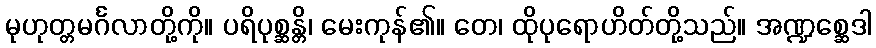
မုဟုတ္တမင်္ဂလာတို့ကို။ ပရိပုစ္ဆန္တိ၊ မေးကုန်၏။ တေ၊ ထိုပုရောဟိတ်တို့သည်။ အဏ္ဍစ္ဆေဒါ